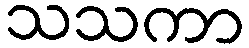
သသကာ